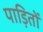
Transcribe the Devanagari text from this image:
पाड़ितों